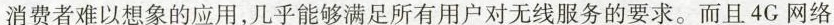
消费者难以想象的应用，几乎能够满足所有用户对无线服务的要求。而且4G网络